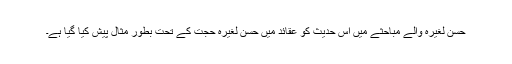
حسن لغیرہ والے مباحثے میں اس حدیث کو عقائد میں حسن لغیرہ حجت کے تحت بطور مثال پیش کیا گیا ہے۔